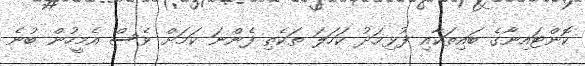
ކޮންޓައިނާގެ ބައިތަކާއި ފުޅިމަދު ކަހަލަ ތަކެތި ފެންނަ ކަމަށް ވެސް އެމީހުން ބުނެ